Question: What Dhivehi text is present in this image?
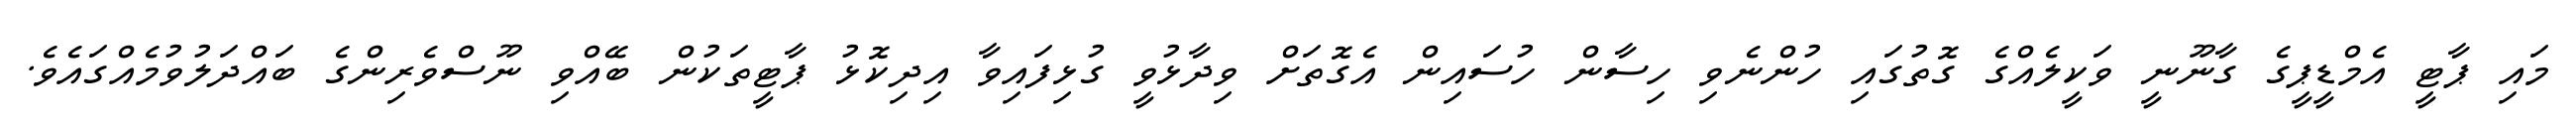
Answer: މައި ޕާޓީ އެމްޑީޕީގެ ގާނޫނީ ވަކީލެއްގެ ގޮތުގައި ހުންނެވި ހިސާން ހުސައިން އެގޮތަށް ވިދާޅުވީ ގުޅިފައިވާ އިދިކޮޅު ޕާޓީތަކުން ބޭއްވި ނޫސްވެރިންގެ ބައްދަލުވުމެއްގައެވެ.